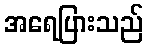
အရေပြားသည်